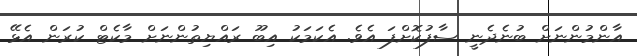
އާންމުންނަށް ބުނެދެނީ ސާފުކޮށްފަ އެވެ. އެކަމަކު އިބޫ ރައްޔިތުންނަށް މާކެޓް ކުރަން އެޅޭ